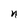
Character: n